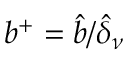
b ^ { + } = \hat { b } / \hat { \delta } _ { \nu }